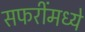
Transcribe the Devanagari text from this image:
सफरींमध्ये